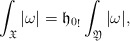
\begin{align*}\int_{\mathfrak X}|\omega|= {\mathfrak h_0}_!\int_{\mathfrak Y}|\omega|, \end{align*}